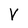
Character: V